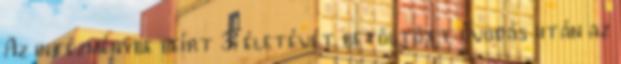
Az intézménybe beírt 3. életévét betöltött óvodás után az